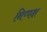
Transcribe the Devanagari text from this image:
निप्पक्ष